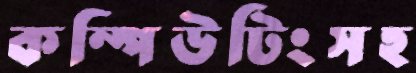
কম্পিউটিংসহ